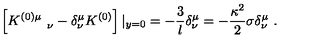
\left[ K _ { \quad \quad \nu } ^ { ( 0 ) \mu } - \delta _ { \nu } ^ { \mu } K ^ { ( 0 ) } \right] | _ { y = 0 } = - { \frac { 3 } { l } } \delta _ { \nu } ^ { \mu } = - { \frac { \kappa ^ { 2 } } { 2 } } \sigma \delta _ { \nu } ^ { \mu } \ .